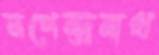
নগেন্দ্রনাথ